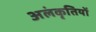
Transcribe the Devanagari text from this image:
अलंकृतियों